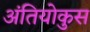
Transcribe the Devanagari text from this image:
अंतियोकुस